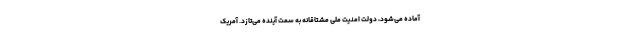
آماده می‌شود، دولت امنیت ملی مشتاقانه به سمت آینده می‌تازد. آمریک